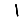
Digit: 1